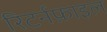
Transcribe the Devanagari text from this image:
रिटर्नफ़ाइल